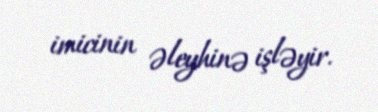
imicinin əleyhinə işləyir.